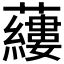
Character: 𧃒